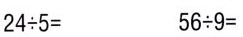
$$2 4 \div 5 =$$ $$5 6 \div 9 =$$